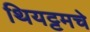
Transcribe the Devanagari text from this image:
थियट्टमचे